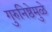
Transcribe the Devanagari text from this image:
गुरुनिष्ठेमुळे